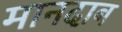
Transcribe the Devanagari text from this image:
मानदाब